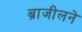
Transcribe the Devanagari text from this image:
ब्राजीलने